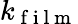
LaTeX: k_{\mathrm{~f~i~l~m~}}